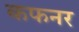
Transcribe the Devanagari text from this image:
कफनर